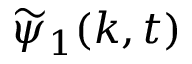
\widetilde { \psi } _ { 1 } ( k , t )